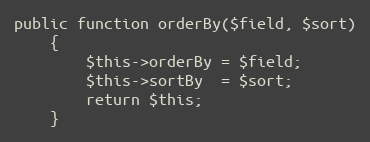
Language: PHP
public function orderBy($field, $sort)
    {
        $this->orderBy = $field;
        $this->sortBy  = $sort;
        return $this;
    }